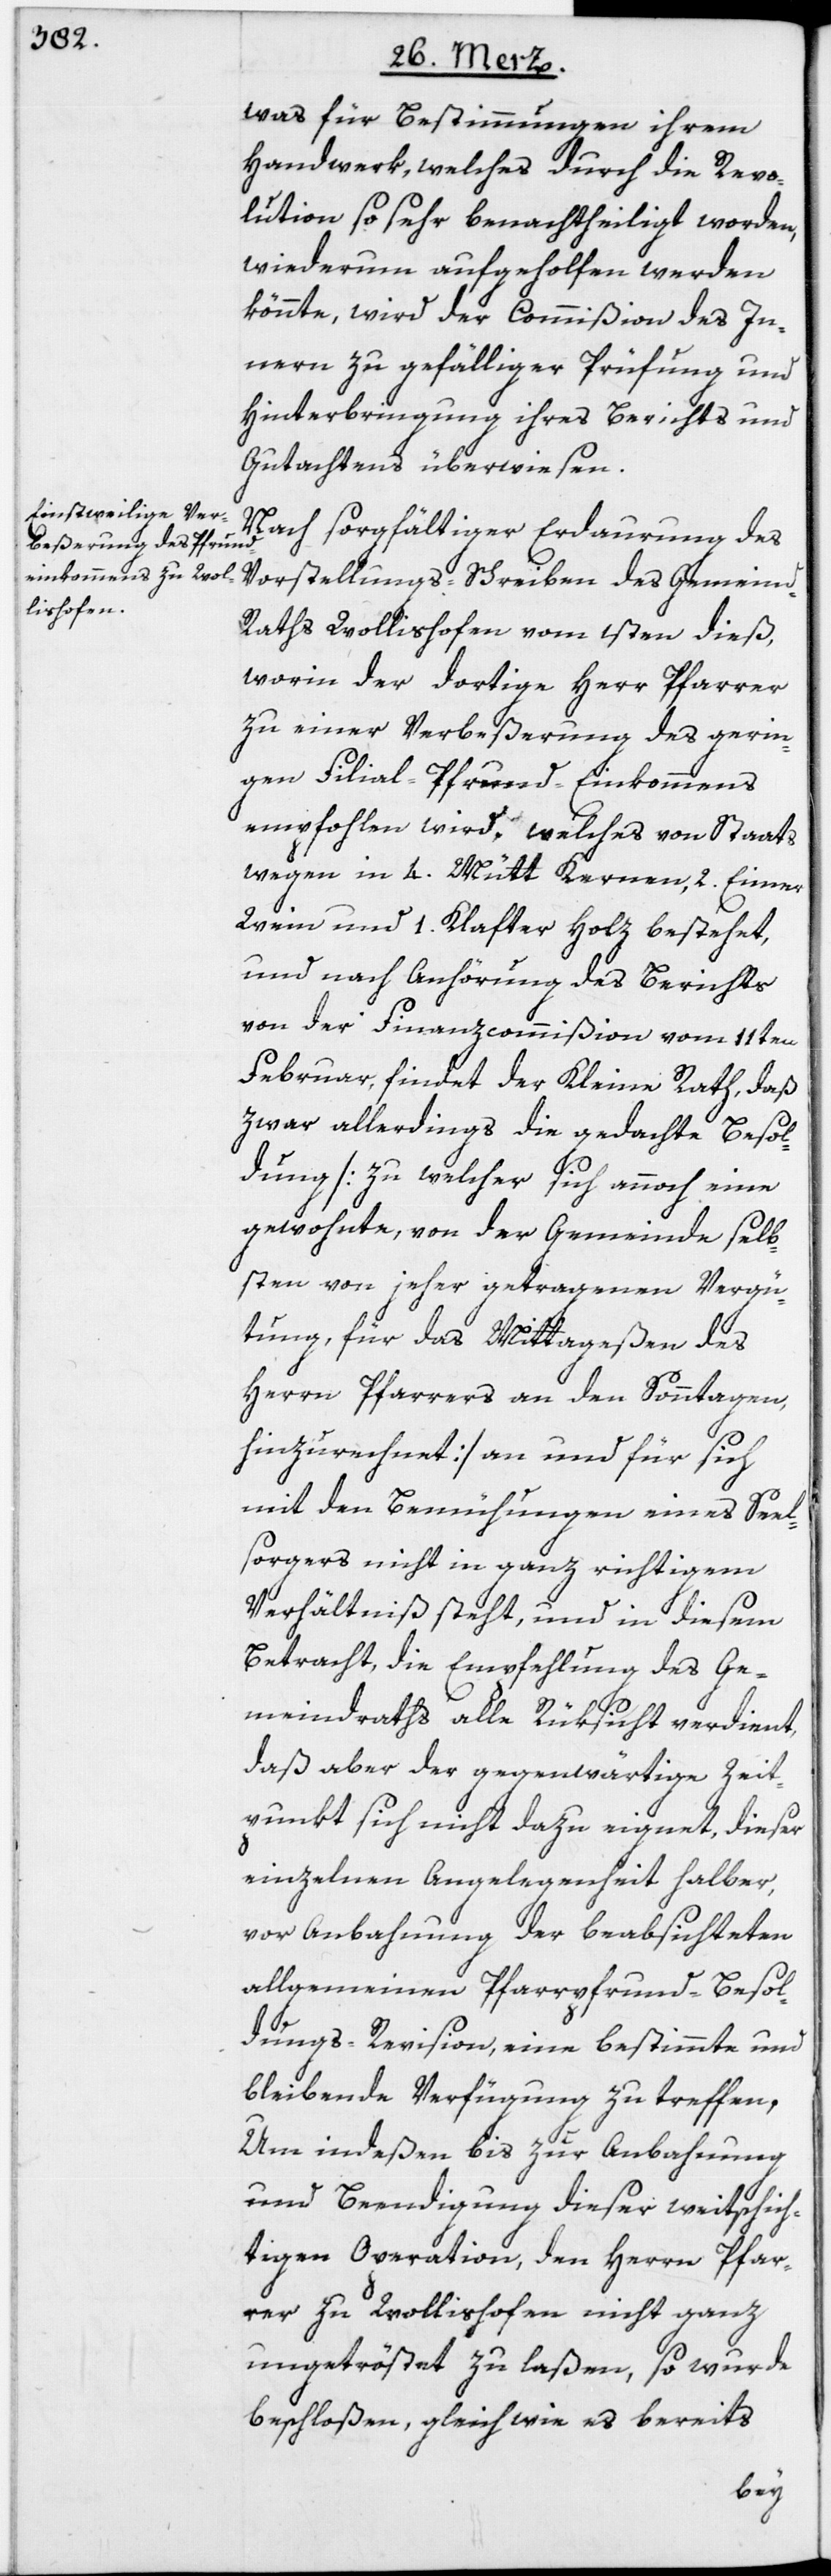
was für Bestimmungen ihrem
Handwerk, welches durch die Revo¬
lution so sehr benachtheiligt worden,
wiederum aufgeholfen werden
könnte, wird der Commißion des In¬
nern zu gefälliger Prüfung und
Hinterbringung ihres Berichts und
Gutachtens überwiesen.
Nach sorgfältiger Erdaurung des
Vorstellungs-Schreiben des Gemein¬
d-Raths Wollishofen vom 1sten dieß,
worin der dortige Herr Pfarrer
zu einer Verbeßerung des gerin¬
gen Filial-Pfrund-Einkommens
empfohlen wird, welches von Staats
wegen in 4. Mütt Kernen, 2. Eimer
Wein und 1. Klafter Holz bestehet,
und nach Anhörung des Berichts
von der Finanzcommißion vom 11ten
Februar, findet der Kleine Rath, daß
zwar allerdings die gedachte Besol¬
dung [zu welcher sich annoch eine
gewohnte, von der Gemeinde selb¬
sten von jeher getragenen Vergü¬
tung, für das Mittageßen des
Herrn Pfarrers an den Sonntagen,
hinzurechnet] an und für sich
mit den Bemühungen eines Seel¬
sorgers nicht in ganz richtigem
Verhältniß steht, und in diesem
Betracht, die Empfehlung des Ge¬
meindraths alle Rüksicht verdient,
daß aber der gegenwärtige Zeit¬
punkt sich nicht dazu eignet, dieser
einzelnen Angelegenheit halber,
vor Anbahnung der beabsichteten
allgemeinen Pfarrpfrund-Besol¬
dungs-Revision, eine bestimmte und
bleibende Verfügung zu treffen.
Um indeßen bis zur Anbahnung
und Beendigung dieser weitschich¬
tigen Operation, den Herrn Pfar¬
rer zu Wollishofen nicht ganz
ungetröstet zu laßen, so wurde
beschloßen, gleich wie es bereits